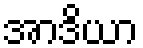
အာဒိယာ